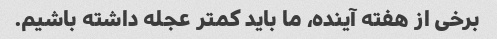
برخی از هفته آینده، ما باید کمتر عجله داشته باشیم.